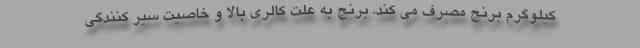
کیلوگرم برنج مصرف می کند. برنج به علت کالری بالا و خاصیت سیر کنندگی